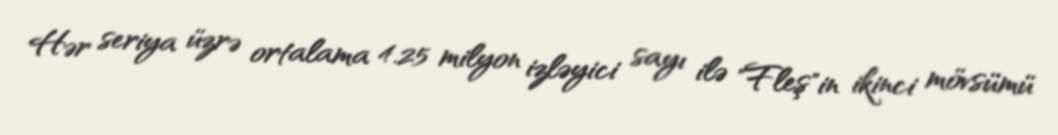
Hər seriya üzrə ortalama 4.25 milyon izləyici sayı ilə "Fleş"in ikinci mövsümü